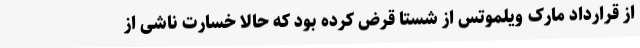
از قرارداد مارک ویلموتس از شستا قرض کرده بود که حالا خسارت ناشی از